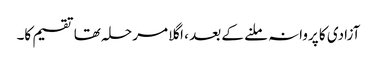
آزادی کا پروانہ ملنے کے بعد ، اگلا مرحلہ تھا تقسیم کا۔